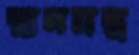
স্নানমন্ত্র